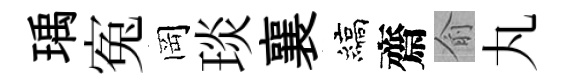
瑀寃岡琰襄縞齋俞丸